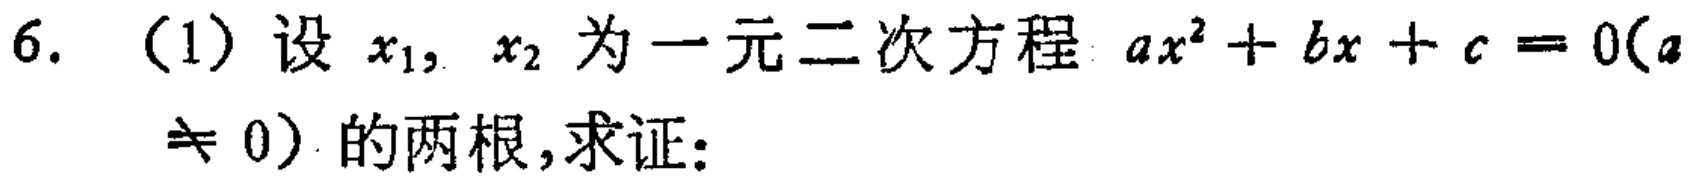
6. （1）设 \(x_{1},x_{2}\) 为一元二次方程 \(ax^{2}+bx + c = 0(a\neq 0)\) 的两根,求证: